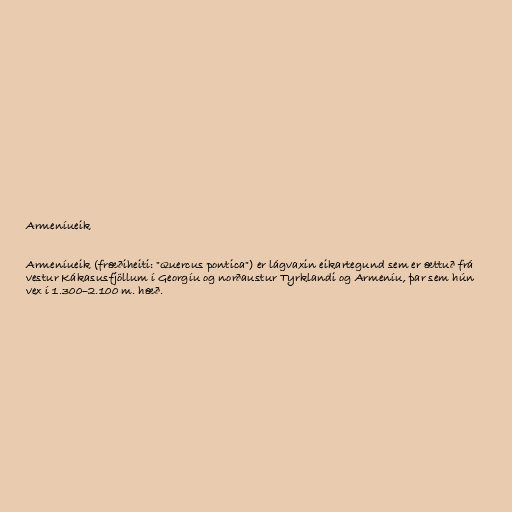
Armeníueik

Armeníueik (fræðiheiti: "Quercus pontica") er lágvaxin eikartegund sem er ættuð frá
vestur Kákasusfjöllum í Georgíu og norðaustur Tyrklandi og Armeníu, þar sem hún
vex í 1.300–2.100 m. hæð.